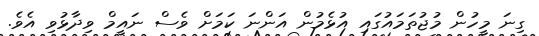
ގިނަ މީހުން މުޖުތަމައުގައި އުޅެމުން އަންނަ ކަމަށް ވެސް ނައީމް ވިދާޅުވި އެވެ.